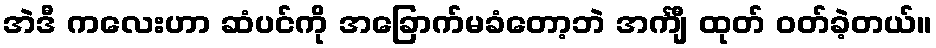
အဲဒီ ကလေးဟာ ဆံပင်ကို အခြောက်မခံတော့ဘဲ အင်္ကျီ ထုတ် ဝတ်ခဲ့တယ်။